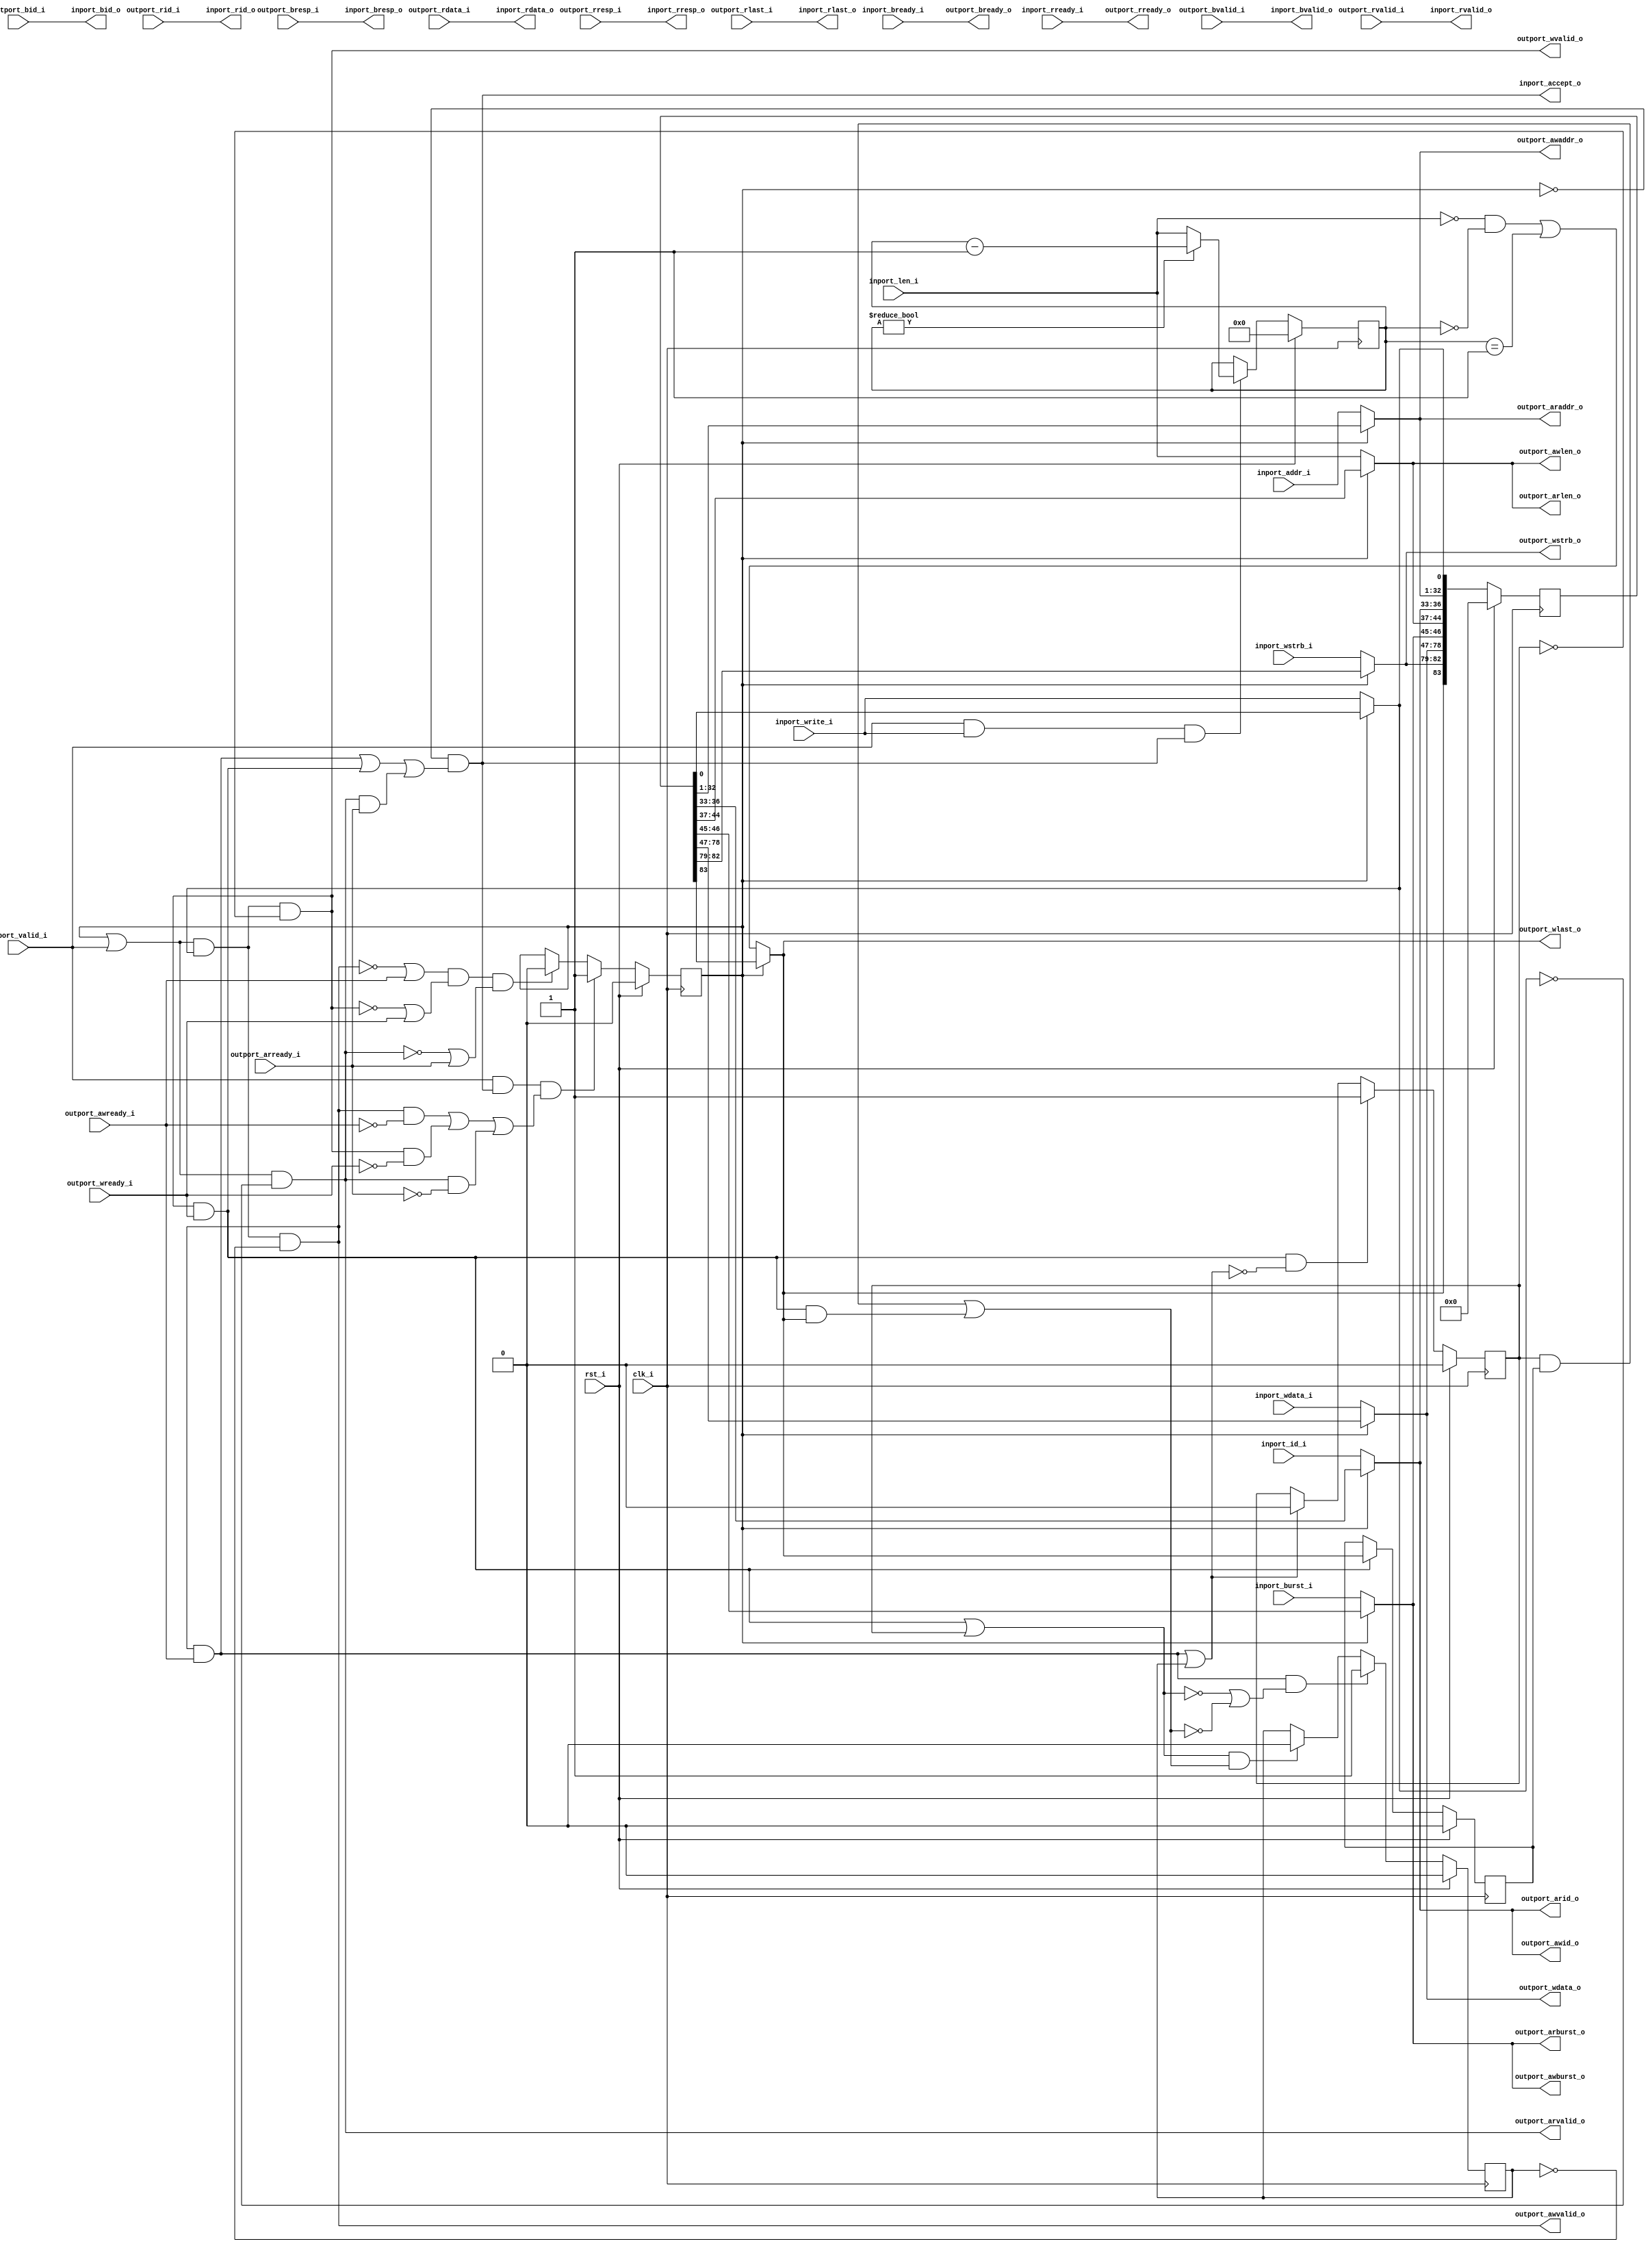
//-----------------------------------------------------------------
//                         open-logic-bit
//                            V0.1
//                        Copyright 2021
//              github.com/ultraembedded/openlogicbit
//
//                   admin@ultra-embedded.com
//
//                     License: Apache 2.0
//-----------------------------------------------------------------
// Copyright 2021 Ultra-Embedded.com
// 
// Licensed under the Apache License, Version 2.0 (the "License");
// you may not use this file except in compliance with the License.
// You may obtain a copy of the License at
// 
//     http://www.apache.org/licenses/LICENSE-2.0
// 
// Unless required by applicable law or agreed to in writing, software
// distributed under the License is distributed on an "AS IS" BASIS,
// WITHOUT WARRANTIES OR CONDITIONS OF ANY KIND, either express or implied.
// See the License for the specific language governing permissions and
// limitations under the License.
//-----------------------------------------------------------------
module logic_capture_mem_axi_axi
(
    // Inputs
     input           clk_i
    ,input           rst_i
    ,input           inport_valid_i
    ,input           inport_write_i
    ,input  [ 31:0]  inport_addr_i
    ,input  [  3:0]  inport_id_i
    ,input  [  7:0]  inport_len_i
    ,input  [  1:0]  inport_burst_i
    ,input  [ 31:0]  inport_wdata_i
    ,input  [  3:0]  inport_wstrb_i
    ,input           inport_bready_i
    ,input           inport_rready_i
    ,input           outport_awready_i
    ,input           outport_wready_i
    ,input           outport_bvalid_i
    ,input  [  1:0]  outport_bresp_i
    ,input  [  3:0]  outport_bid_i
    ,input           outport_arready_i
    ,input           outport_rvalid_i
    ,input  [ 31:0]  outport_rdata_i
    ,input  [  1:0]  outport_rresp_i
    ,input  [  3:0]  outport_rid_i
    ,input           outport_rlast_i

    // Outputs
    ,output          inport_accept_o
    ,output          inport_bvalid_o
    ,output [  1:0]  inport_bresp_o
    ,output [  3:0]  inport_bid_o
    ,output          inport_rvalid_o
    ,output [ 31:0]  inport_rdata_o
    ,output [  1:0]  inport_rresp_o
    ,output [  3:0]  inport_rid_o
    ,output          inport_rlast_o
    ,output          outport_awvalid_o
    ,output [ 31:0]  outport_awaddr_o
    ,output [  3:0]  outport_awid_o
    ,output [  7:0]  outport_awlen_o
    ,output [  1:0]  outport_awburst_o
    ,output          outport_wvalid_o
    ,output [ 31:0]  outport_wdata_o
    ,output [  3:0]  outport_wstrb_o
    ,output          outport_wlast_o
    ,output          outport_bready_o
    ,output          outport_arvalid_o
    ,output [ 31:0]  outport_araddr_o
    ,output [  3:0]  outport_arid_o
    ,output [  7:0]  outport_arlen_o
    ,output [  1:0]  outport_arburst_o
    ,output          outport_rready_o
);



//-------------------------------------------------------------
// Write burst tracking
//-------------------------------------------------------------
reg  [7:0] req_cnt_q;

always @ (posedge clk_i )
if (rst_i)
    req_cnt_q <= 8'b0;
else if (inport_valid_i && inport_write_i && inport_accept_o)
begin
    if (req_cnt_q != 8'b0)
        req_cnt_q <= req_cnt_q - 8'd1;
    else
        req_cnt_q <= inport_len_i;
end

//-------------------------------------------------------------
// Request skid buffer
//-------------------------------------------------------------
reg        valid_q;
reg [83:0] buf_q;

always @ (posedge clk_i )
if (rst_i)
    valid_q <= 1'b0;
else if (inport_valid_i && inport_accept_o && ((outport_awvalid_o && !outport_awready_i) || (outport_wvalid_o && !outport_wready_i) || (outport_arvalid_o && !outport_arready_i)))
    valid_q <= 1'b1;
else if ((!outport_awvalid_o || outport_awready_i) && (!outport_wvalid_o || outport_wready_i) && (!outport_arvalid_o || outport_arready_i))
    valid_q <= 1'b0;

wire          inport_valid_w = valid_q || inport_valid_i;
wire          inport_write_w = valid_q ? buf_q[0:0]   : inport_write_i;
wire [ 31:0]  inport_addr_w  = valid_q ? buf_q[32:1]  : inport_addr_i;
wire [  3:0]  inport_id_w    = valid_q ? buf_q[36:33] : inport_id_i;
wire [  7:0]  inport_len_w   = valid_q ? buf_q[44:37] : inport_len_i;
wire [  1:0]  inport_burst_w = valid_q ? buf_q[46:45] : inport_burst_i;
wire [ 31:0]  inport_wdata_w = valid_q ? buf_q[78:47] : inport_wdata_i;
wire [  3:0]  inport_wstrb_w = valid_q ? buf_q[82:79] : inport_wstrb_i;
wire          inport_wlast_w = valid_q ? buf_q[83:83] : (inport_len_i == 8'd0 && req_cnt_q == 8'd0) || (req_cnt_q == 8'd1);

always @ (posedge clk_i )
if (rst_i)
    buf_q <= 84'b0;
else
    buf_q <= {inport_wlast_w, inport_wstrb_w, inport_wdata_w, inport_burst_w, inport_len_w, inport_id_w, inport_addr_w, inport_write_w};

wire skid_busy_w = valid_q;

//-------------------------------------------------------------
// Write Request
//-------------------------------------------------------------
reg awvalid_q;
reg wvalid_q;
reg wlast_q;

wire wr_cmd_accepted_w  = (outport_awvalid_o && outport_awready_i) || awvalid_q;
wire wr_data_accepted_w = (outport_wvalid_o  && outport_wready_i)  || wvalid_q;
wire wr_data_last_w     = (wvalid_q & wlast_q) || (outport_wvalid_o && outport_wready_i && outport_wlast_o);

always @ (posedge clk_i )
if (rst_i)
    awvalid_q <= 1'b0;
else if (outport_awvalid_o && outport_awready_i && (!wr_data_accepted_w || !wr_data_last_w))
    awvalid_q <= 1'b1;
else if (wr_data_accepted_w && wr_data_last_w)
    awvalid_q <= 1'b0;

always @ (posedge clk_i )
if (rst_i)
    wvalid_q <= 1'b0;
else if (outport_wvalid_o && outport_wready_i && !wr_cmd_accepted_w)
    wvalid_q <= 1'b1;
else if (wr_cmd_accepted_w)
    wvalid_q <= 1'b0;

always @ (posedge clk_i )
if (rst_i)
    wlast_q <= 1'b0;
else if (outport_wvalid_o && outport_wready_i)
    wlast_q <= outport_wlast_o;

assign outport_awvalid_o = (inport_valid_w & inport_write_w & ~awvalid_q);
assign outport_awaddr_o  = inport_addr_w;
assign outport_awid_o    = inport_id_w;
assign outport_awlen_o   = inport_len_w;
assign outport_awburst_o = inport_burst_w;

assign outport_wvalid_o  = (inport_valid_w & inport_write_w & ~wvalid_q);
assign outport_wdata_o   = inport_wdata_w;
assign outport_wstrb_o   = inport_wstrb_w;
assign outport_wlast_o   = inport_wlast_w;

assign inport_bvalid_o   = outport_bvalid_i;
assign inport_bresp_o    = outport_bresp_i;
assign inport_bid_o      = outport_bid_i;
assign outport_bready_o  = inport_bready_i;

//-------------------------------------------------------------
// Read Request
//-------------------------------------------------------------
assign outport_arvalid_o = inport_valid_w & ~inport_write_w;
assign outport_araddr_o  = inport_addr_w;
assign outport_arid_o    = inport_id_w;
assign outport_arlen_o   = inport_len_w;
assign outport_arburst_o = inport_burst_w;
assign outport_rready_o  = inport_rready_i;

assign inport_rvalid_o   = outport_rvalid_i;
assign inport_rdata_o    = outport_rdata_i;
assign inport_rresp_o    = outport_rresp_i;
assign inport_rid_o      = outport_rid_i;
assign inport_rlast_o    = outport_rlast_i;

//-------------------------------------------------------------
// Accept logic
//-------------------------------------------------------------
assign inport_accept_o   = !skid_busy_w &&
                           ((outport_awvalid_o && outport_awready_i) || 
                            (outport_wvalid_o  && outport_wready_i)  ||
                            (outport_arvalid_o && outport_arready_i));


endmodule